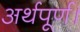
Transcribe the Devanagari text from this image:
अर्थपूर्ण।